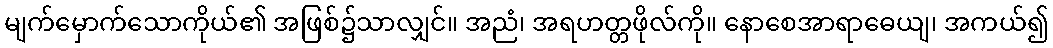
မျက်မှောက်သောကိုယ်၏ အဖြစ်၌သာလျှင်။ အညံ၊ အရဟတ္တဖိုလ်ကို။ နောစေအာရာဓေယျ၊ အကယ်၍